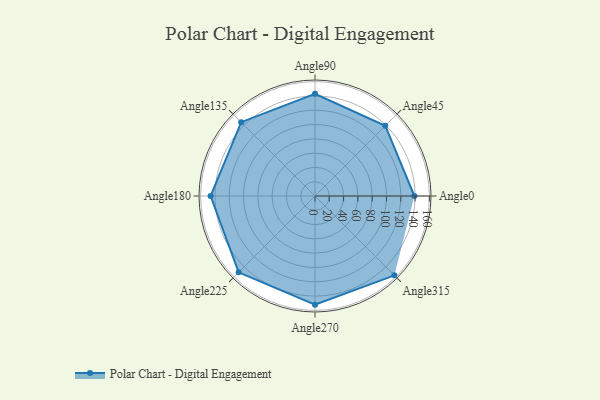
{"axis": {"x": "Angle", "y": "Radius"}, "legend": [""], "data": [{"x": "Angle0", "y": 139.0, "type": ""}, {"x": "Angle45", "y": 139.0, "type": ""}, {"x": "Angle90", "y": 143.0, "type": ""}, {"x": "Angle135", "y": 146.0, "type": ""}, {"x": "Angle180", "y": 146.0, "type": ""}, {"x": "Angle225", "y": 151.0, "type": ""}, {"x": "Angle270", "y": 152.0, "type": ""}, {"x": "Angle315", "y": 157.0, "type": ""}]}